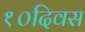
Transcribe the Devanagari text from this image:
१०दिवस